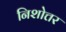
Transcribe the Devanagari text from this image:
निशोत्तर